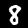
Digit: 8